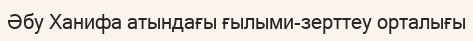
Әбу Ханифа атындағы ғылыми-зерттеу орталығы